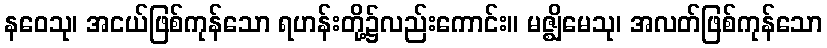
နဝေသု၊ အငယ်ဖြစ်ကုန်သော ရဟန်းတို့၌လည်းကောင်း။ မဇ္ဈိမေသု၊ အလတ်ဖြစ်ကုန်သော